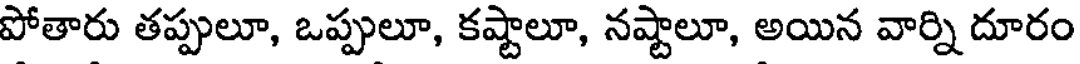
పోతారు తప్పులూ, ఒప్పులూ, కష్టాలూ, నష్టాలూ, అయిన వార్ని దూరం